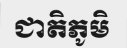
ជាតិភូមិ